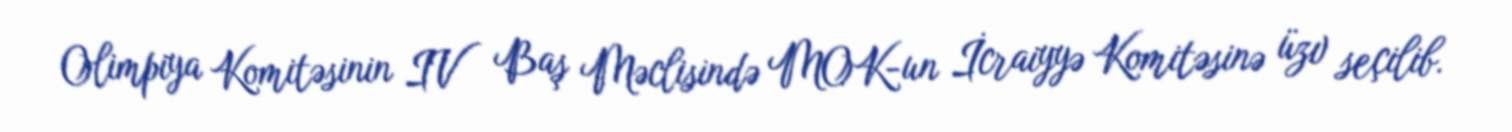
Olimpiya Komitəsinin IV Baş Məclisində MOK-un İcraiyyə Komitəsinə üzv seçilib.